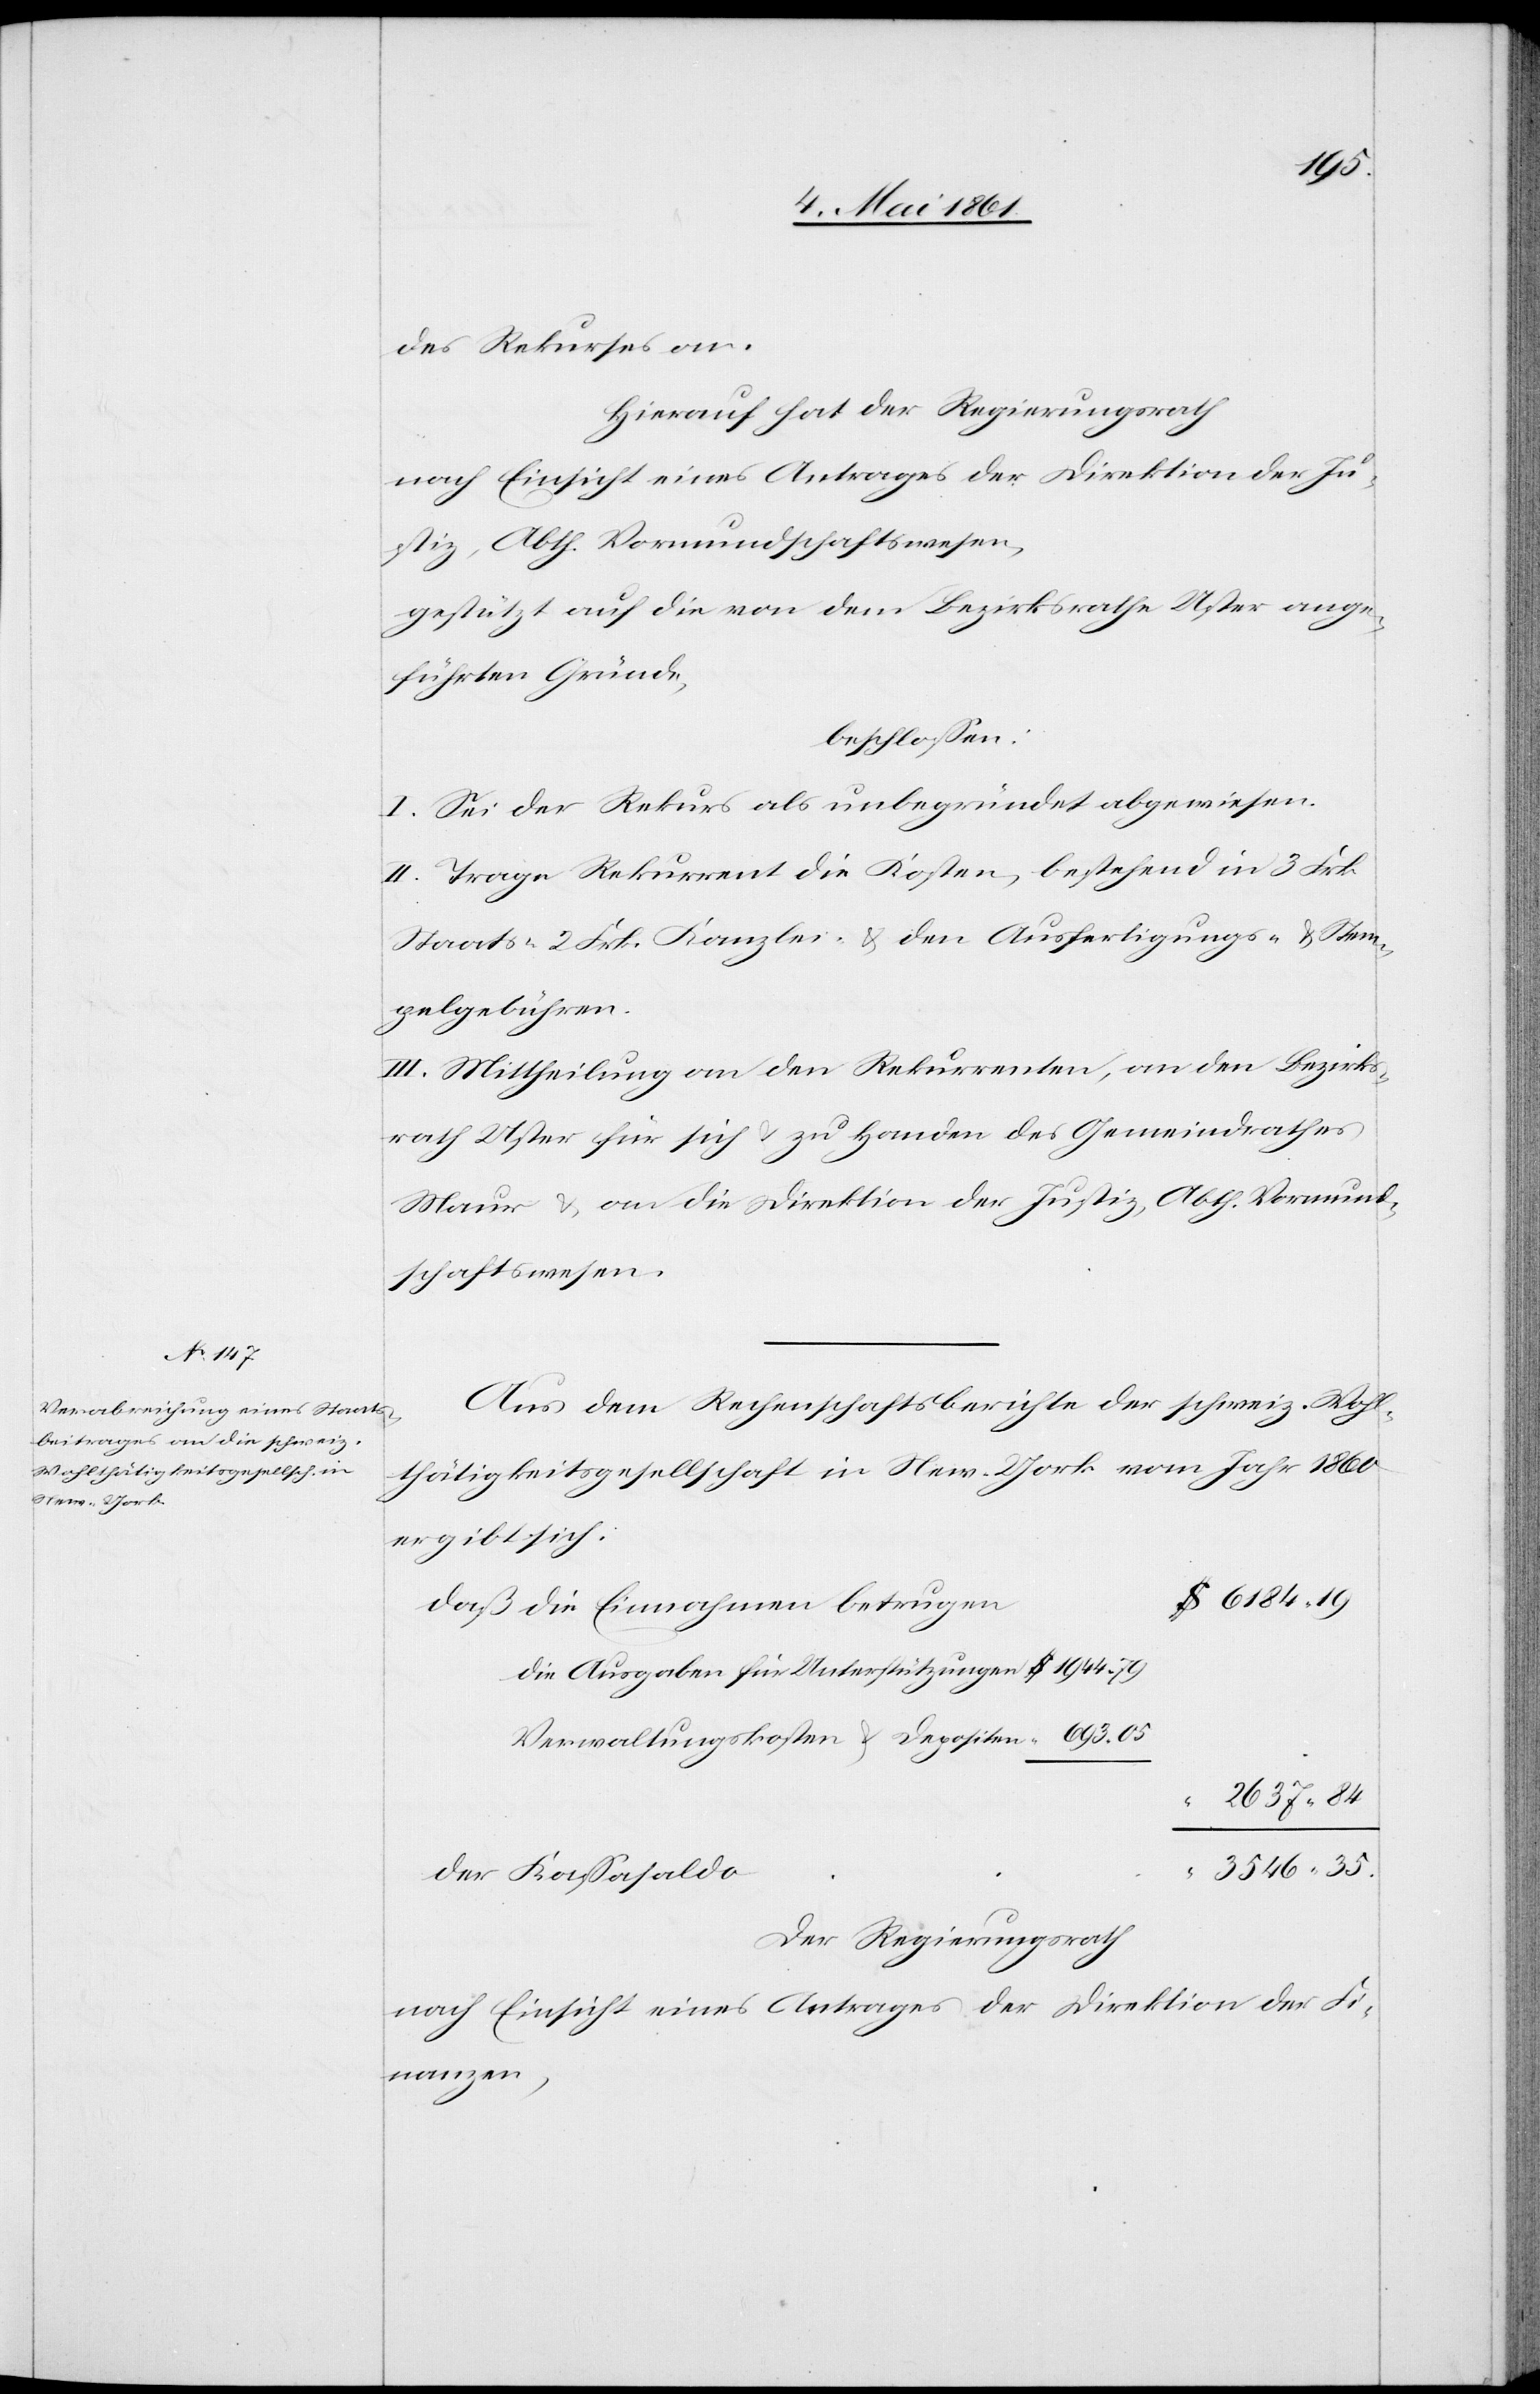
84
des Rekurses an.
Hierauf hat der Regierungsrath
nach Einsicht eines Antrages der Direktion der Ju¬
stiz, Abth. Vormundschaftswesen,
gestützt auf die von dem Bezirksrathe Uster ange¬
führten Gründe,
beschlossen:
I. Sei der Rekurs als unbegründet abgewiesen.
II. Trage Rekurrent die Kosten, bestehend in 3 Frk.
Staats-[,] 2 Frk. Kanzlei- u. den Ausfertigungs- u. Stem¬
pelgebühren.
III. Mittheilung an den Rekurrenten, an den Bezirks¬
rath Uster für sich u. zu Handen des Gemeindrathes
Maur u. an die Direktion der Justiz, Abth. Vormund¬
schaftswesen.
Aus dem Rechenschaftsberichte der schweiz. Wohl¬
thätigkeitsgesellschaft in New-York vom Jahr 1860
ergibt sich:
daß die Einnahmen betrugen
Die Ausgaben für Unterstützungen
Verwaltungskosten u. Depositen
Der Kassasaldo
Der Regierungsrath
nach Einsicht eines Antrages der Direktion der Fi¬
nanzen,